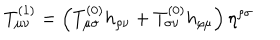
LaTeX: T _ { \mu \nu } ^ { ( 1 ) } = \left( T _ { \mu \sigma } ^ { ( 0 ) } h _ { \rho \nu } + T _ { \sigma \nu } ^ { ( 0 ) } h _ { \rho \mu } \right) \eta ^ { \rho \sigma }